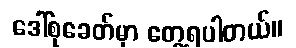
ဒေါ်စုခေတ်မှာ တွေ့ရပါတယ်။